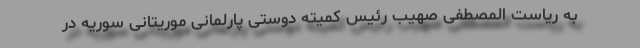
به ریاست المصطفی صهیب رئیس کمیته دوستی پارلمانی موریتانی سوریه در